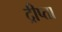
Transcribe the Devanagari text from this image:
द्रीप्ता